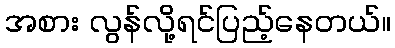
အစား လွန်လို့ရင်ပြည့်နေတယ်။